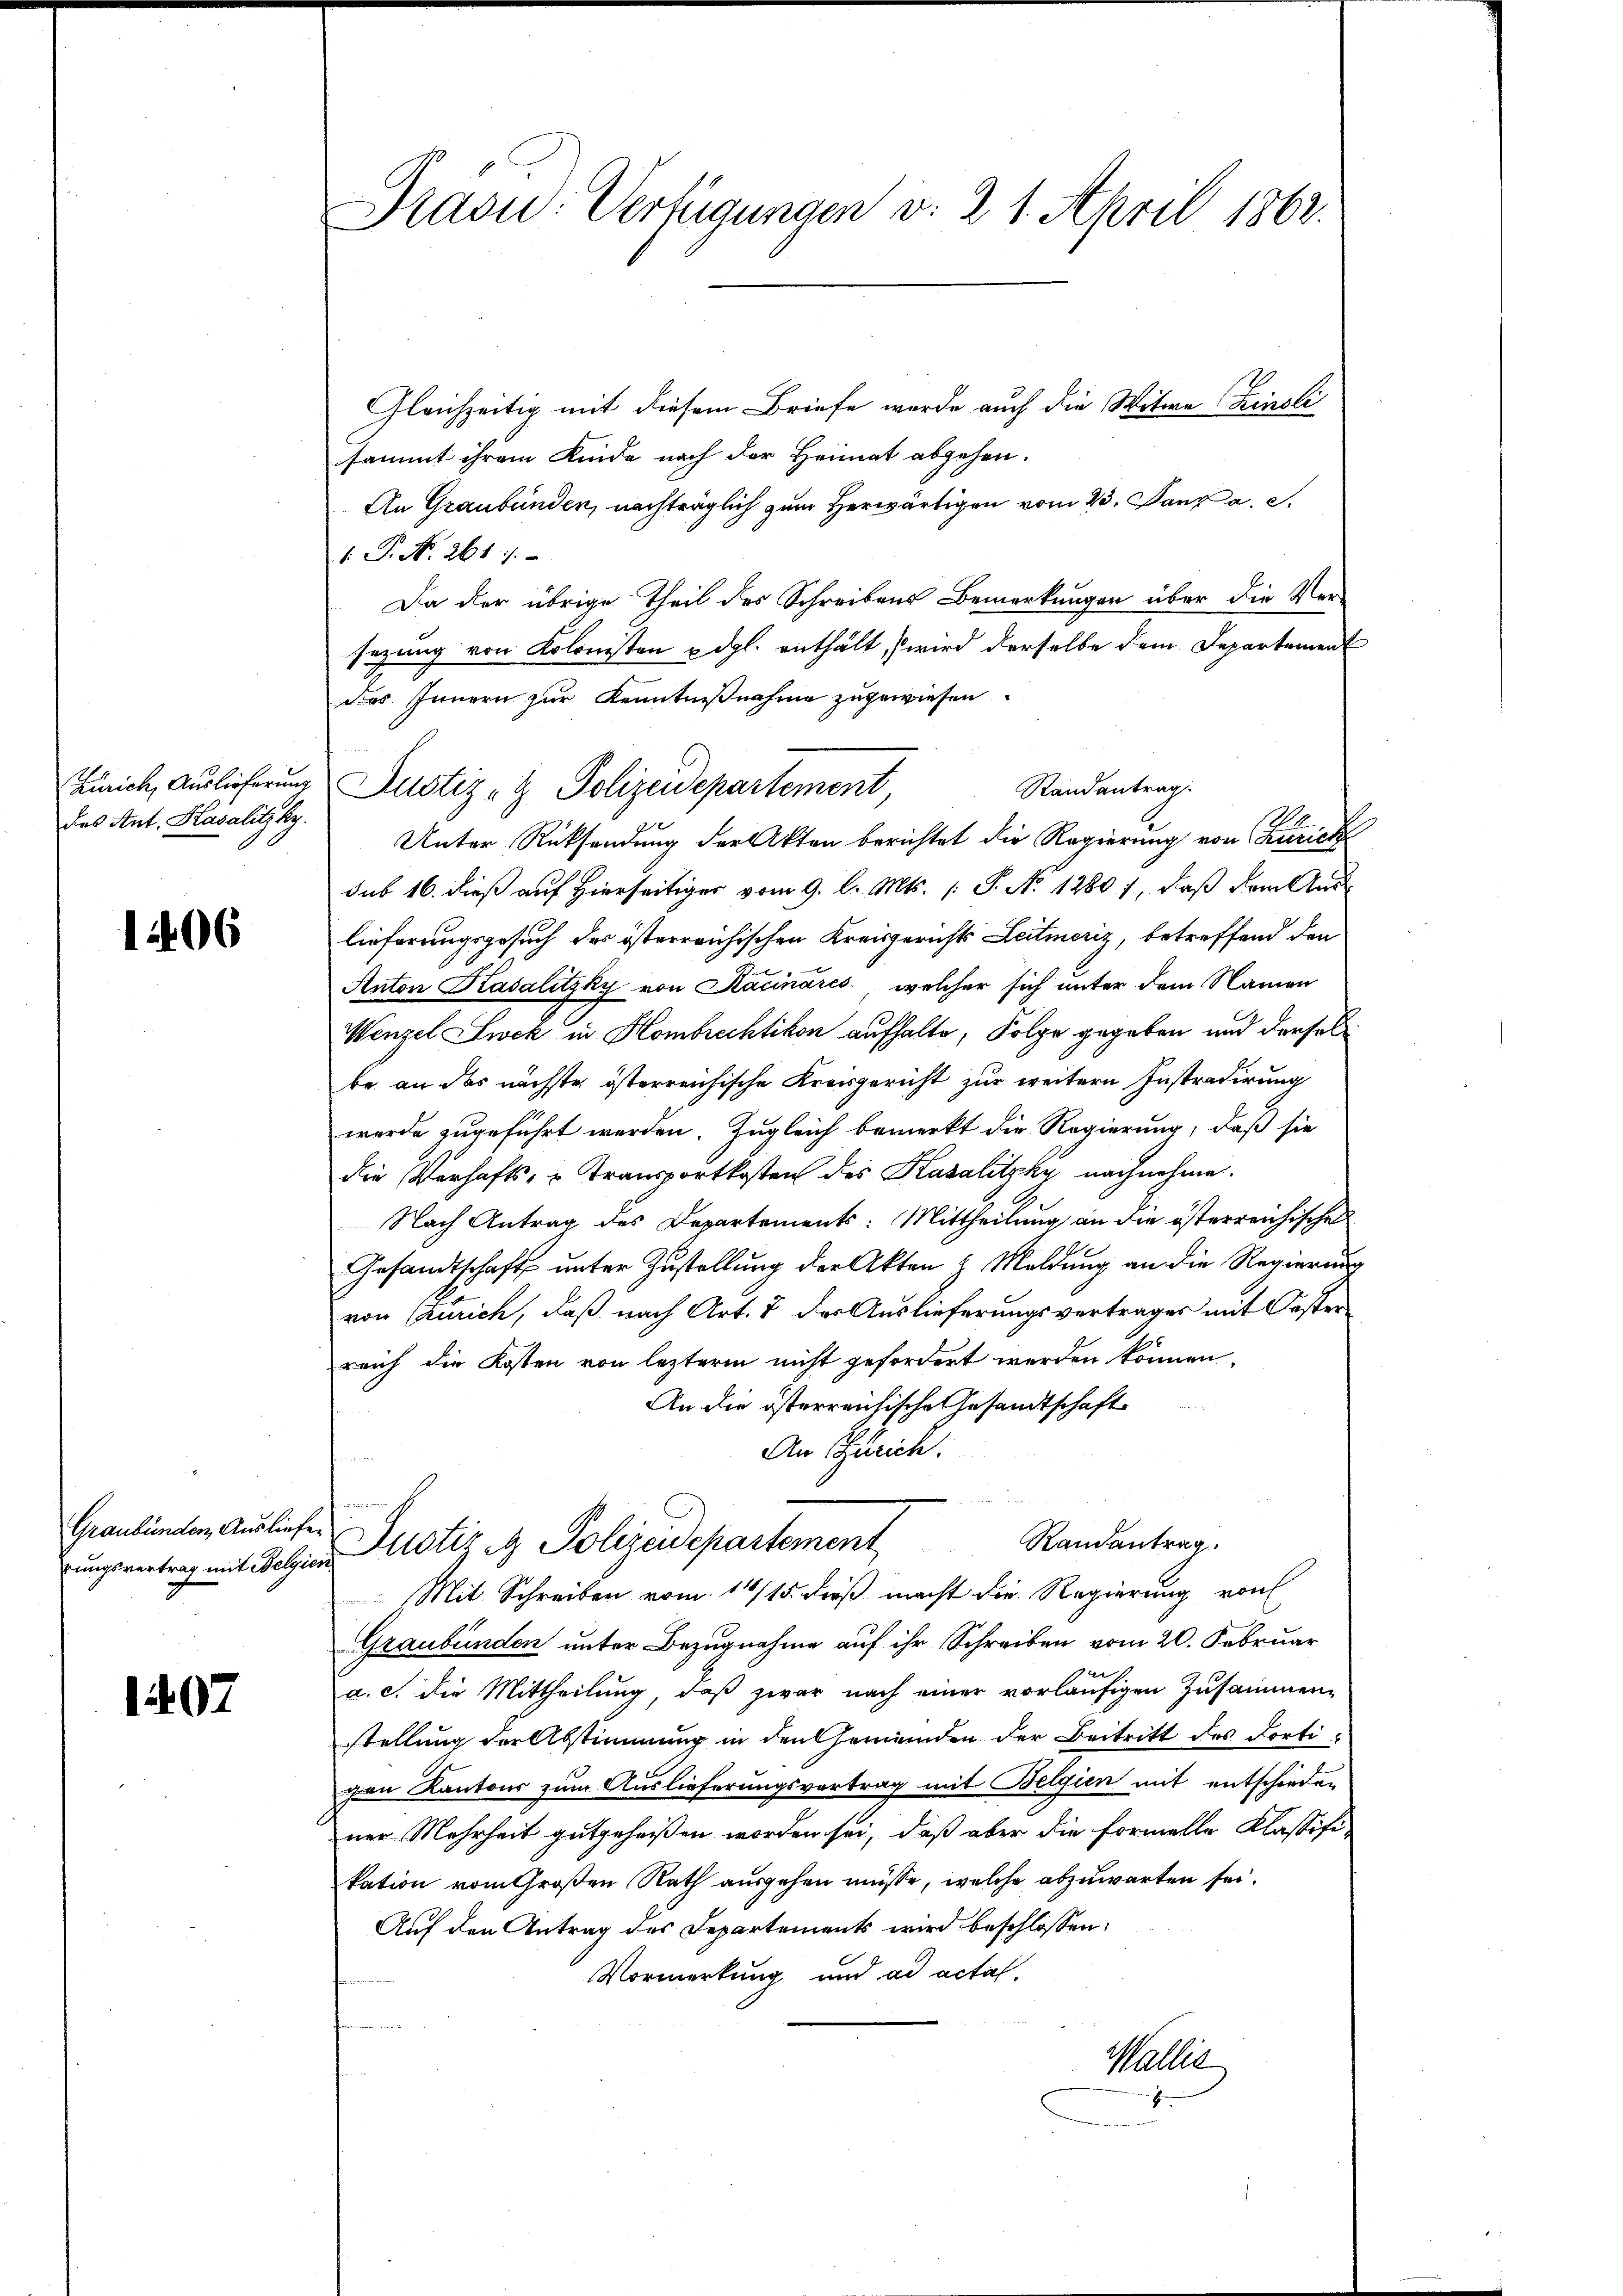
des Ant. Kasalitzky.

1406

rungsvertrag mit Belgien

1407

Präsu: Verfügungen d. 21. April 1862.

Gleichzeitig mit diesem Briefe wurde auch die Witwe Zinsli
sammt ihrem Kinde nach der Heimat abgehen.
An Graubünden, nachträglich zum Herwärtigen vom 23. Janz a. c.
1. P. N. 261).
Da der übrige Theil des Schreibens Bemerkungen über die Versezung von Kolonisten u. dgl. enthält, wird derselbe dem Departement
Das Innern zur Kenntnißnahme zugewiesen.
Randantrag
Unter Rücksendung der Akten berichtet die Regierung von Zürich
sub 16. dieß auf Hierseitiger vom 9. l. Mts. (T. No 1280 1, daß dem Aus
lieferungsgesuch des österreichischen Kreisgerichts Leitmeriz, betreffend den
Anton Kasalitzky von Kaminares, welcher sich unter dem Namen
Wenzel Zwek in Hombrechtikon aufhalte, Folge gegeben und derselbe an das nächste österreichische Kreisgericht zur weitern Instradirung
werde zugeführt werden. Zugleich bemerkt die Regierung, daß sie
die Verhafts- u Transportkosten des Kasalitzky nachnahme.
Nach Antrag des Departements: Mittheilung an die österreichische
Gesandtschaft unter Zustellung der Akten & Meldung an die Regierung
von Zürich, daß nach Art. 7 der Auslieferungsvertrages mit Oester
reich die Kosten von lezterm nicht gefordert werden können.
An die österreichische Gesandtschaft
An Zürich.
Graubünden Auslicher Justiz & Polizeidepartement
Randantrag.
Mit Schreiben vom 14/15. dieß macht die Regierung von
Graubünden unter Bezugnahme auf ihr Schreiben vom 20. Februar
a. c. die Mittheilung, daß zwar nach einer vorläufigen Zusammenstellung der Abstimmung in den Gemeinden der Beitritt des Fortigen Kantons zum Auslieferungsvertrag mit Belgien mit entschieden
ner Mehrheit gutgeheißen worden sei, daß aber die Formelle Klassifi-
kation vom Großen Rath ausgehen müsse, welche abzuwarten sei.
Auf den Antrag des Departements wird beschlossen:
Vormerkung und ad acta.
Waller
mchen

Zürich, Auslieferung Justiz & Polizeidepartement